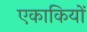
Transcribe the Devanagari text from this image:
एकाकियों